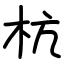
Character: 杭